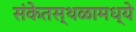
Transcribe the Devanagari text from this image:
संकेतस्थळामध्ये